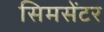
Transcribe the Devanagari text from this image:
सिमसेंटर